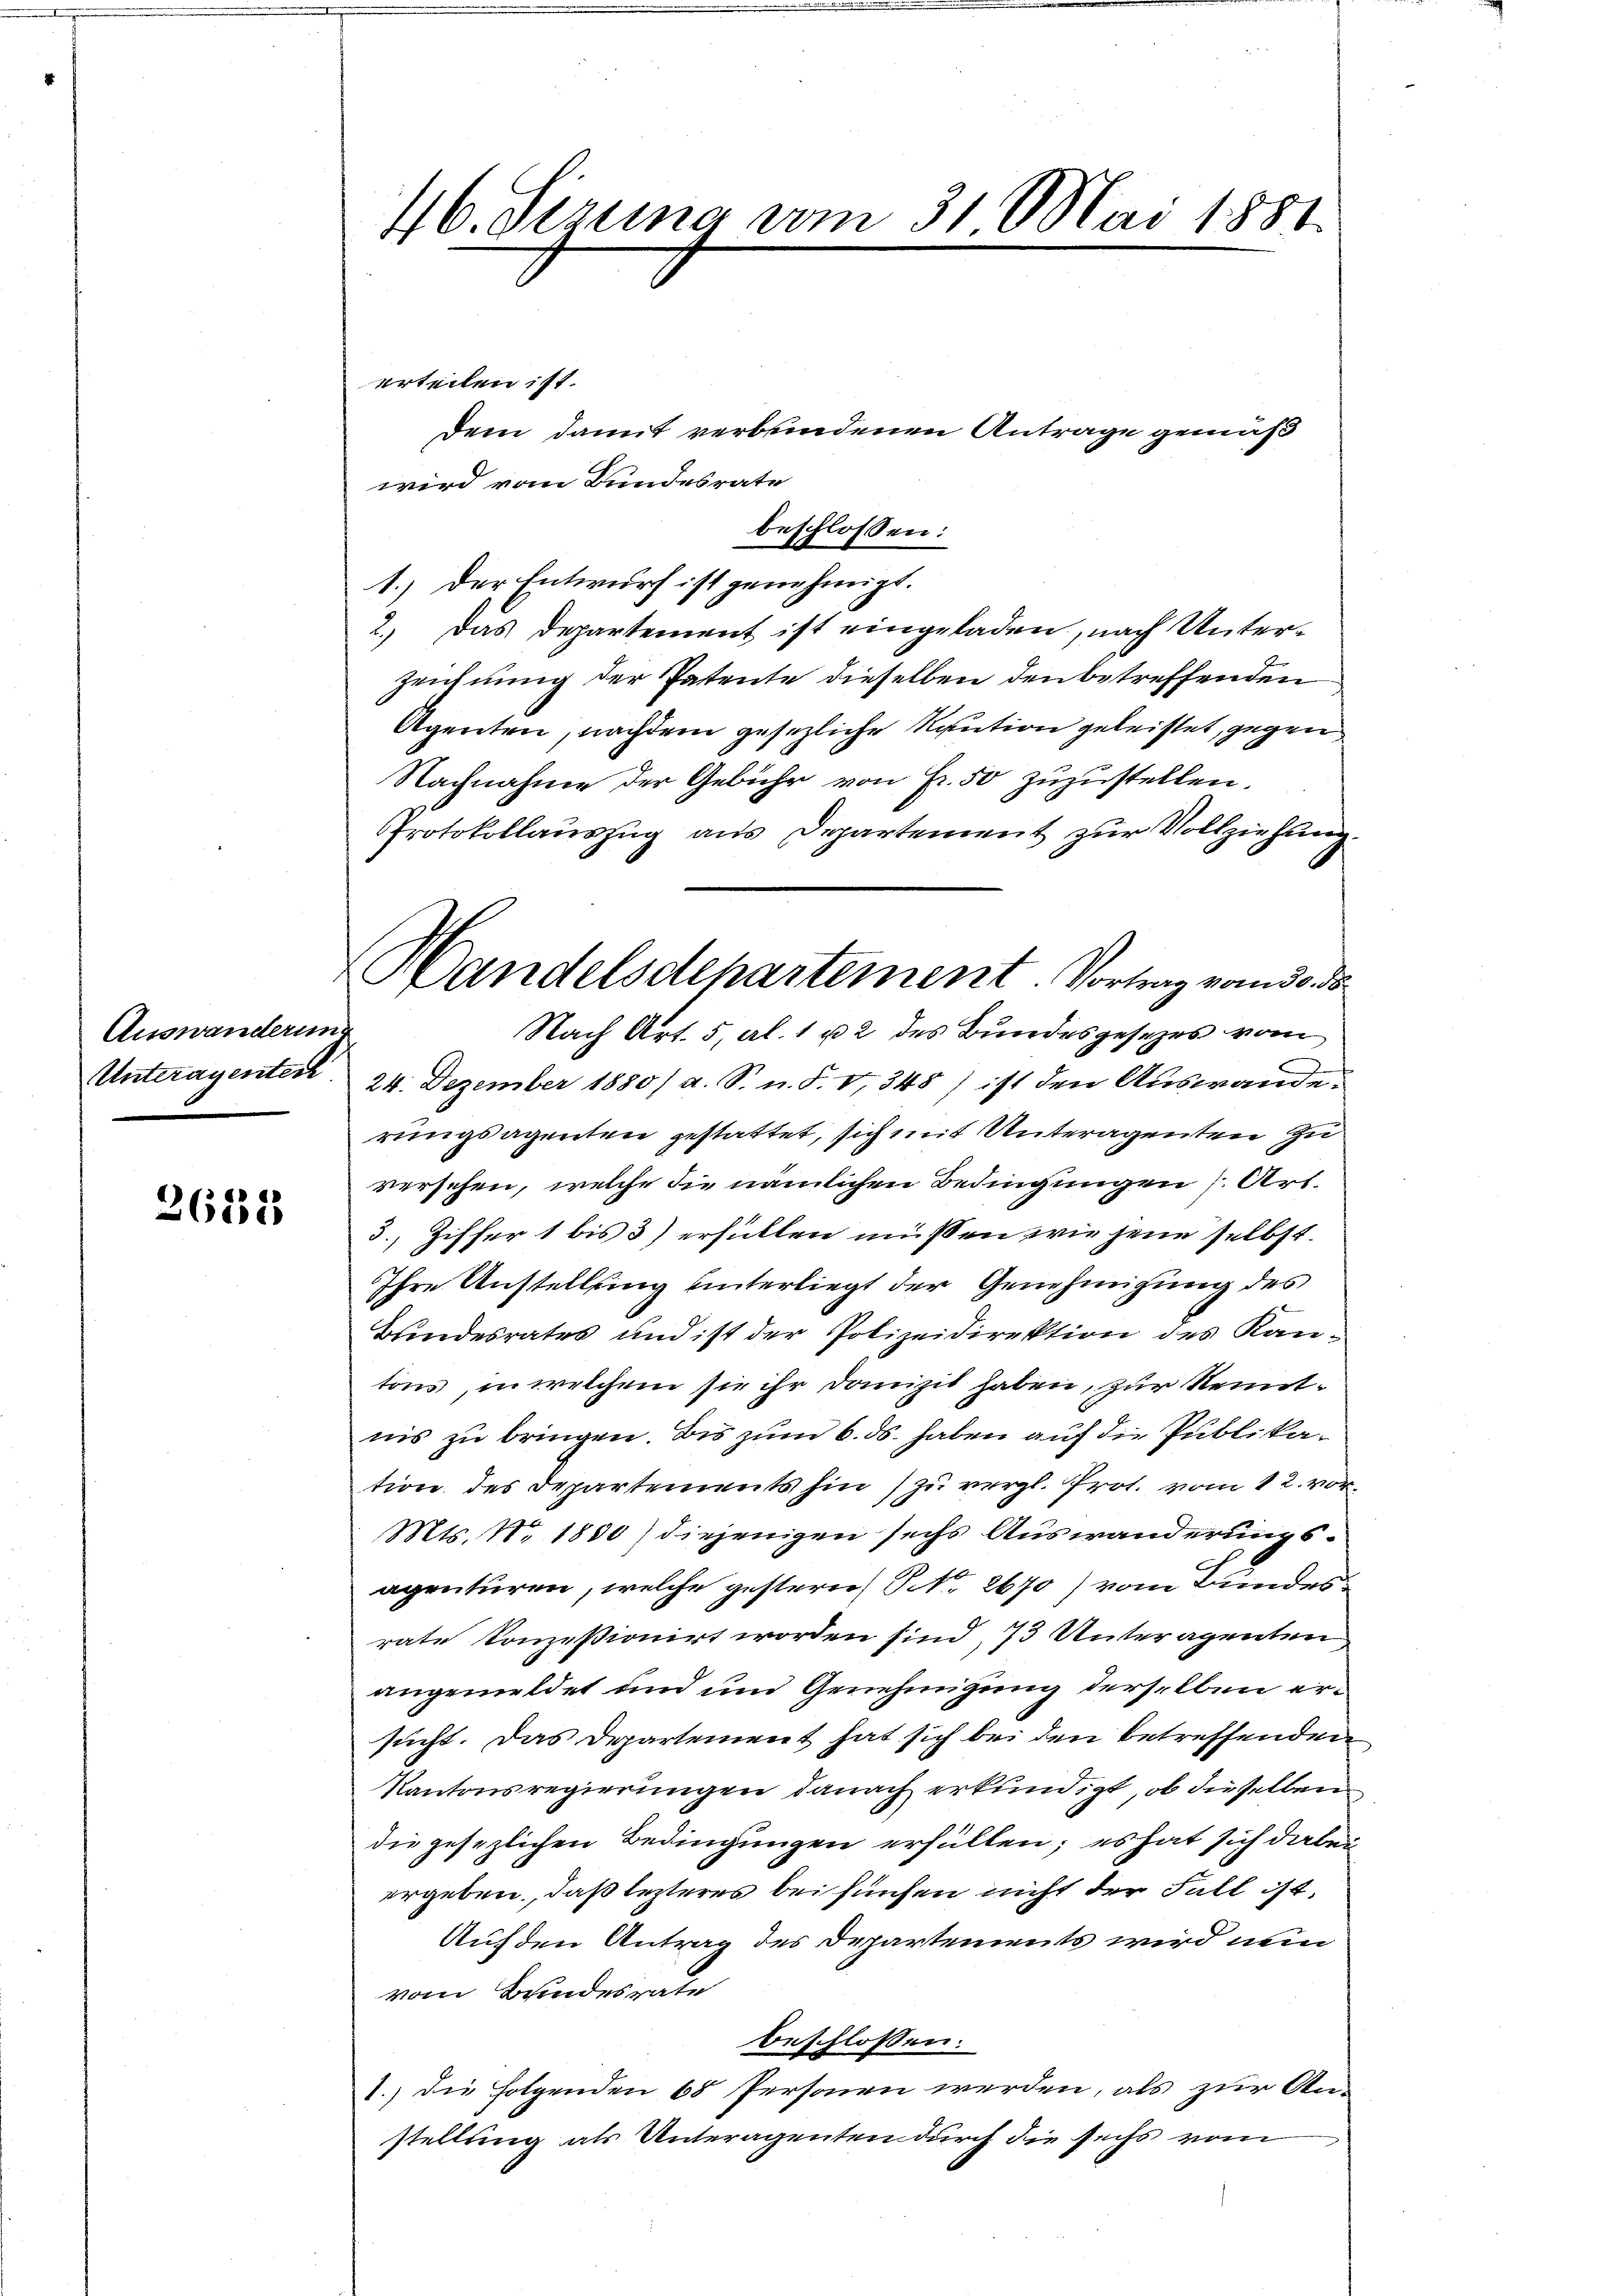
Auswanderung
Unteragenter

262315

46. Jezuna vom 31. Mai 1881

erteilen ist.
wird vom Bundesrate
beschlossen:
1.) Der Entwurf ist genehmigt.
2.) Das Departement ist eingeladen, nach Unter¬
Zeichnung der Patente dieselben den betreffenden
Agenten, nachdem gesezliche Kaution geleistet, gegen
Nachnahme der Gebühr von Fr. 50 zuzustellen.
Protokollauszug aus Departement zur Vollziehung
Nach Art. 5, Al. 1 u 2 des Bundesgesetzes vom
24. Dezember 1880/ a. S. n. F. V, 348) ist den Auswande.
rungsagenten gestattet, sich mit Unteragenten Zuversehen, welche die nämlichen Bedingungen (Art.
3., Ziffer 1 bis 3) erfüllen müssen, wie jene selbst.
Ihre Anstellung unterliegt der Genehmigung des
Bundesrates und ist der Polizeidirektion des Kan-
tons, in welchem sie ihr domizil haben, zur Kenntnis zu bringen. Bis zum 6. ds. haben auf die Publikation des Departements hin) zu vergl. Prot. vom 12. vor¬
Mts. No. 1830) diejenigen sechs Auswanderungsagenturen, welche gestern S. 2670) vom Bundes
rate konzessionirt worden sind, 73 Unteragenten
angemeldet und und Genehmigung derselben ersucht. Das Departement hat sich bei den betreffenden
Kantonsregierungen danach erkundigt, ob dieselben
die gesezlichen Bedingungen erfüllen; es hat sich dabei
ergeben, daß lezteres bei fünfen nicht der Fall ist,
Auf den Antrag des Departements wird nun
vom Bundesrate
beschlossen:
1.) Die Folgenden 68 Personen werden, als zur Anstellung als Unteragenten durch die sechs vom

dem damit verbundenen Antrage gemäß

Handelsdepartement. Vortrag vom 30. ds.